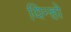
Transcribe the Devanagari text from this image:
यिन्हो